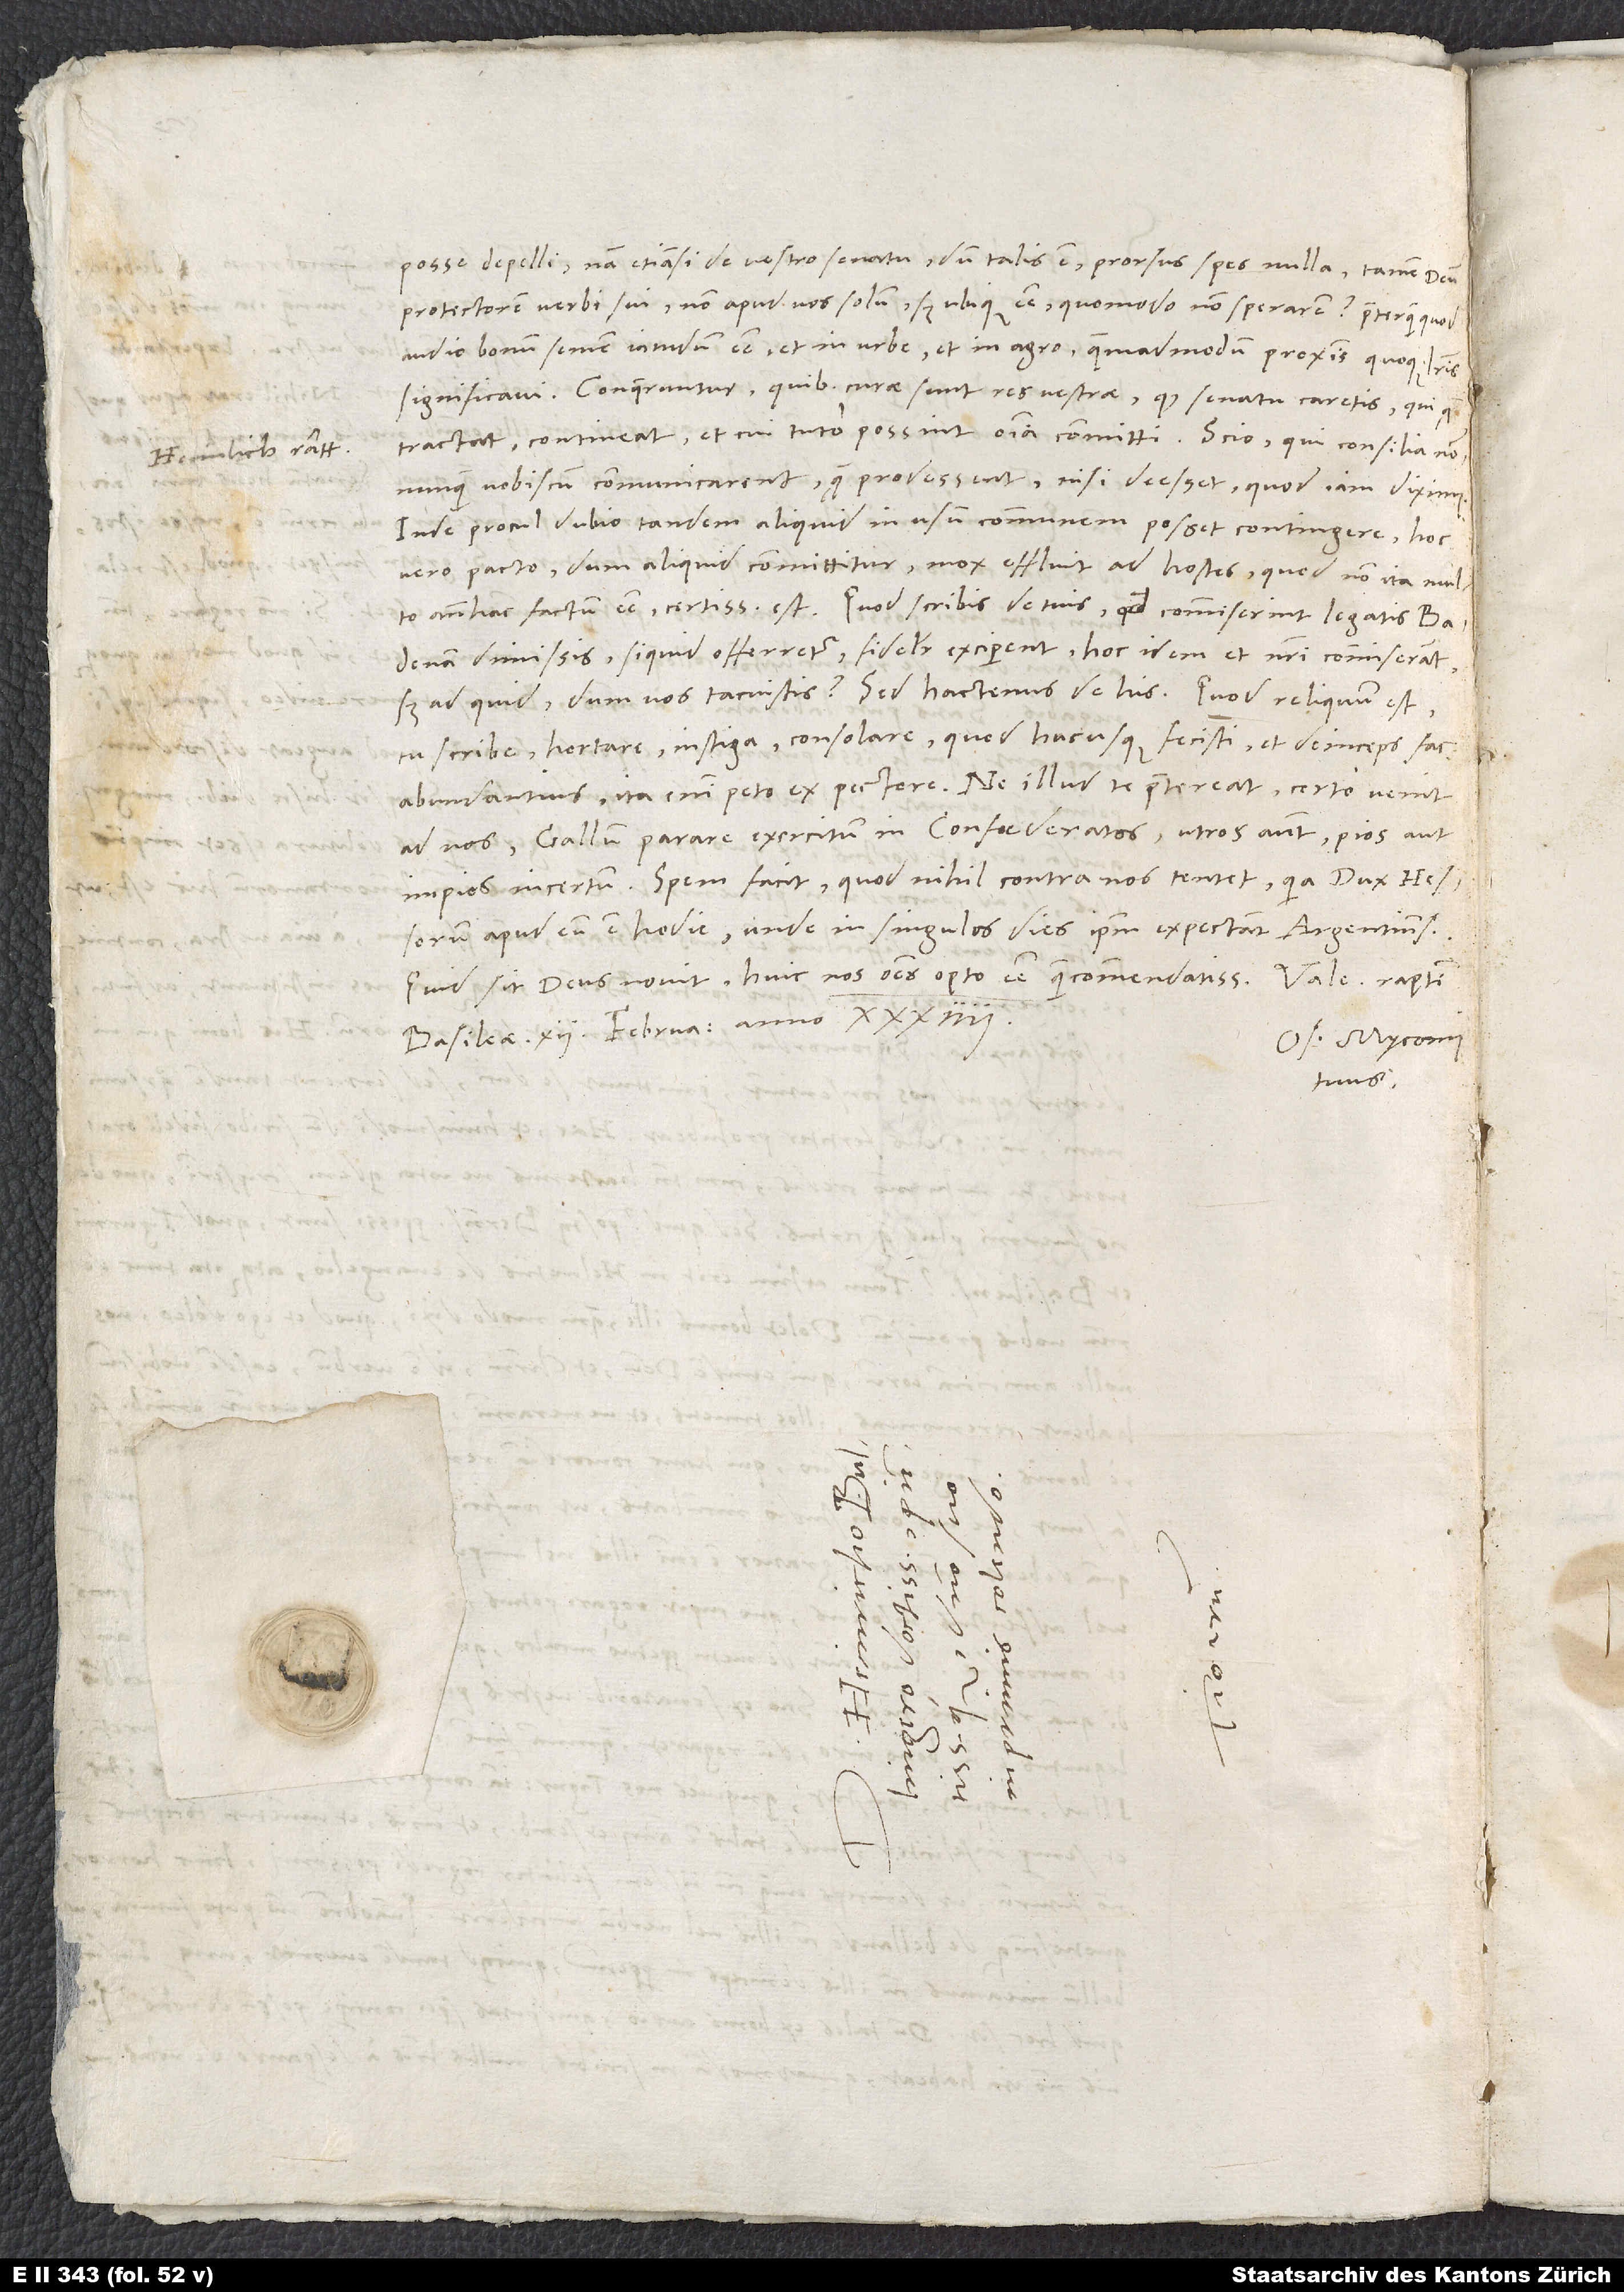
posse depelli. Nam etiamsi de vestro senatu, dum talis est, prorsus spes nulla, tamen deum
protectorem verbi sui non apud nos solum, sed ubique esse quomodo non sperarem? Praeterquam quod
audio bonum semen iamdum esse et in urbe et in agro, quemadmodum proximis quoque literis
significavi. Conqueruntur, quibus curae sunt res vestrae, quod senatu caretis, qui, quod
tractat, contineat et cui tuto possint omnia committi. Scio, qui consilia nonnunquam
nobiscum communicarent, quam prodessent, nisi deesset, quod iam diximus.
Inde procul dubio tandem aliquid in usum communem posset contingere, hoc
vero pacto, dum aliquid committitur, mox effluit ad hostes, quod non ita multo
Badenam dimissis, si quid offerretur, fideliter exciperent, hoc idem et nostri commiserant,
tu scribe, hortare, instiga, consolare, quod hucusque fecisti, et deinceps fac
ad nos Gallum parare exercitum in Confoederatos, utros autem, pios an
impios, incertum. Spem facit, quod nihil contra nos tentet, quia dux Hessorum
apud eum est hodie, unde in singulos dies ipsum expectant Argentinenses.
Quid sit, deus novit. Huic nos omnes opto esse quam commendatissimos.
Basileae, 12. februarii anno 34.
Os. Myconius
tuus.
S.